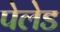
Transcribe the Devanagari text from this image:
पेलेड